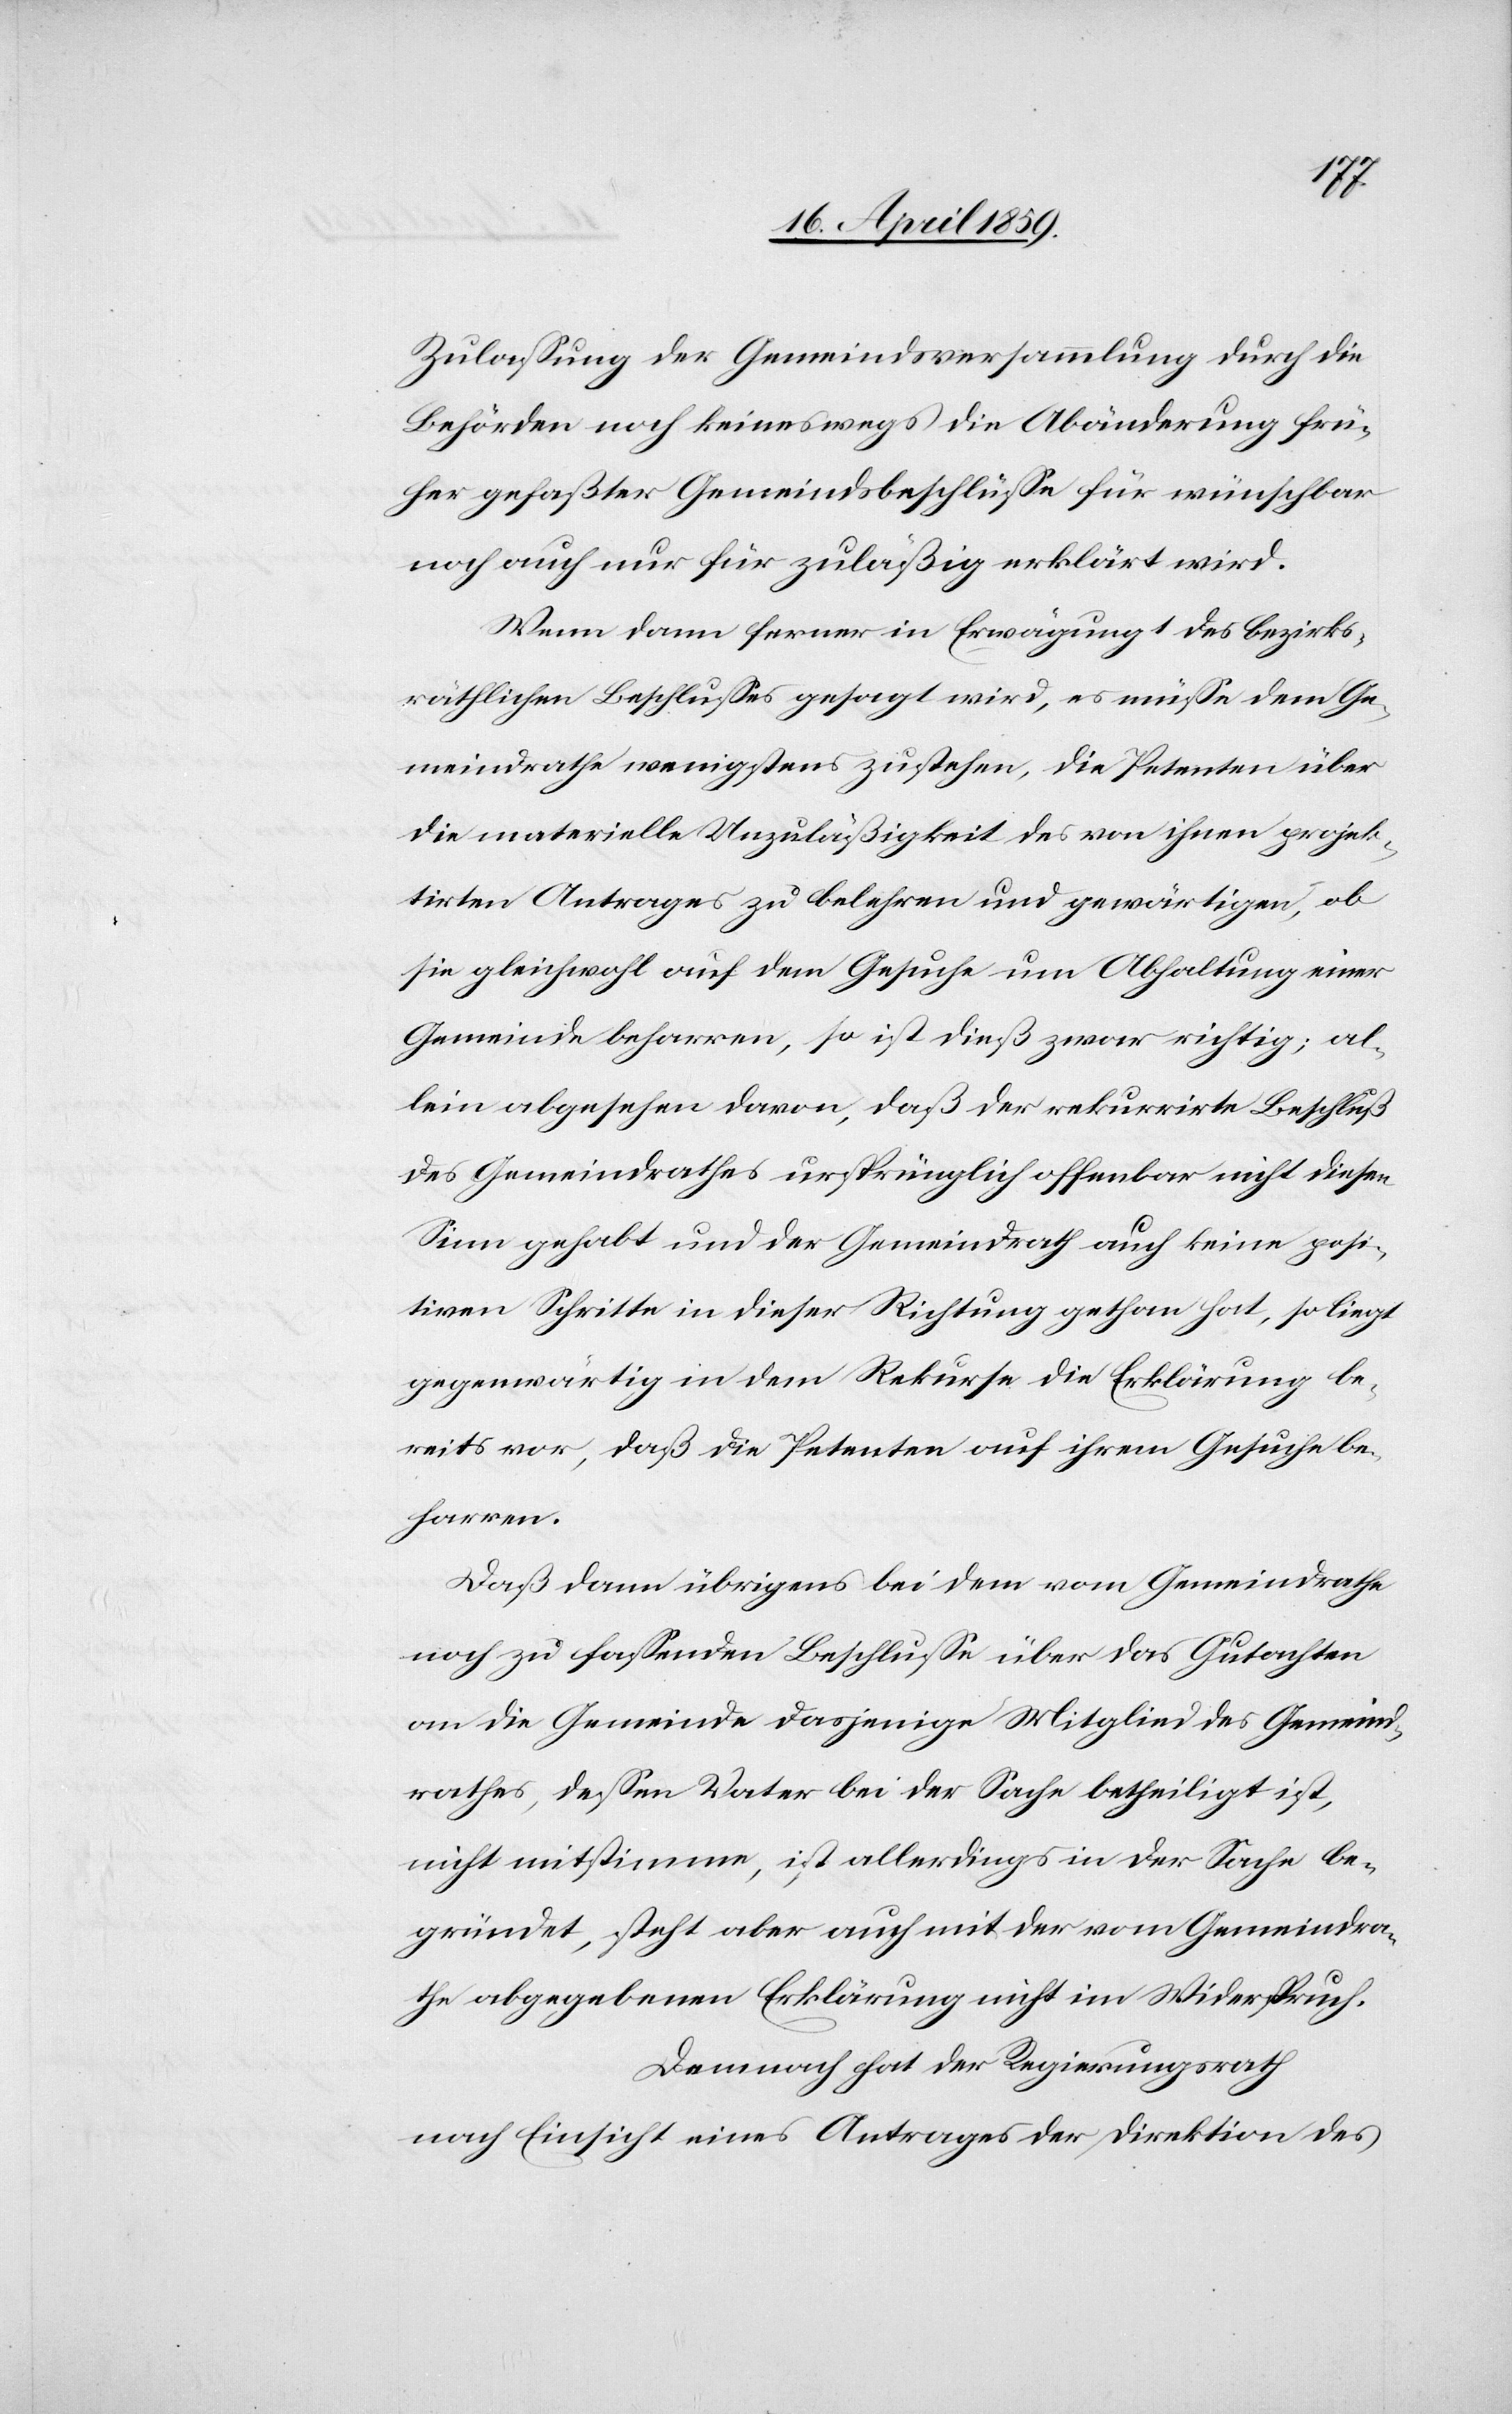
Zulaßung der Gemeindsversammlung durch die
Behörden noch keineswegs die Abänderung frü¬
her gefaßter Gemeindsbeschlüße für wünschbar
noch auch nur für zuläßig erklärt wird.
Wenn dann ferner in Erwägung 1 des bezirks¬
räthlichen Beschlußes gesagt wird, es müße dem Ge¬
meindrathe wenigstens zustehen, die Petenten über
die materielle Unzuläßigkeit des von ihnen projek¬
tirten Antrages zu belehren und gewärtigen, ob
sie gleichwohl auf dem Gesuche um Abhaltung einer
Gemeinde beharren, so ist dieß zwar richtig; al¬
lein abgesehen davon, daß der rekurrirte Beschluß
des Gemeindrathes ursprünglich offenbar nicht diesen
Sinn gehabt und der Gemeindrath auch keine posi¬
tiven Schritte in dieser Richtung gethan hat, so liegt
gegenwärtig in dem Rekurse die Erklärung be¬
reits vor, daß die Petenten auf ihrem Gesuche be¬
harren.
Daß dann übrigens bei dem vom Gemeindrathe
noch zu faßenden Beschluße über das Gutachten
an die Gemeinde dasjenige Mitglied des Gemeind¬
rathes, deßen Vater bei der Sache betheiligt ist,
nicht mitstimmen, ist allerdings in der Sache be¬
gründet, steht aber auch mit der vom Gemeindra¬
the abgegebenen Erklärung nicht im Widerspruch.
Demnach hat der Regierungsrath
nach Einsicht eines Antrages der Direktion des